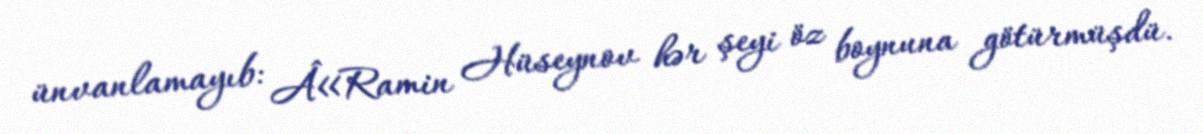
ünvanlamayıb: Â«Ramin Hüseynov hər şeyi öz boynuna götürmüşdü.